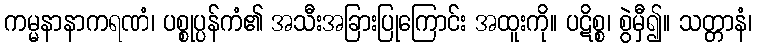
ကမ္မနာနာကရဏံ၊ ပစ္စုပ္ပန်ကံ၏ အသီးအခြားပြုကြောင်း အထူးကို။ ပဋိစ္စ၊ စွဲမှီ၍။ သတ္တာနံ၊